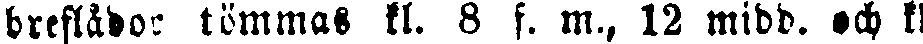
breflådor tömmas kl. 8 f. m., 12 midd. och kl